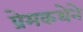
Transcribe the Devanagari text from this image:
प्रेमकथेने